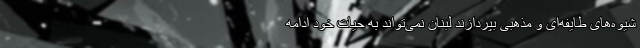
شیوه‌های طایفه‌ای و مذهبی بپردازند لبنان نمی‌تواند به حیات خود ادامه